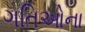
ગતિઓના